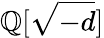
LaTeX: \mathbb{Q}[{\sqrt{-d}}]